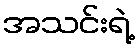
အသင်းရဲ့